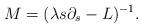
LaTeX: \begin{align*}M= (\lambda s \partial_s-L)^{-1}.\end{align*}